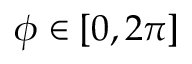
\phi \in [ 0 , 2 \pi ]